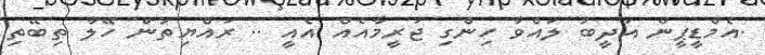
.އެމްޑީޕީން އަދީބު ލައްވާ ހިންގި ޖަރީމާއެއް އެއީ .. ރައްޔިތުން ހޭލާ ތިބޭތި